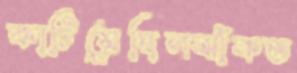
কাটিয়েছিলঝাঁকত